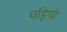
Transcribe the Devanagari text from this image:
चट्टियों